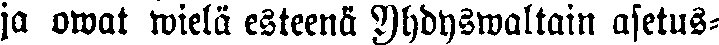
ja owat wielä esteenä Yhdyswaltain asetus-